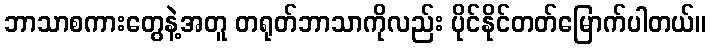
ဘာသာစကားတွေနဲ့အတူ တရုတ်ဘာသာကိုလည်း ပိုင်နိုင်တတ်မြောက်ပါတယ်။